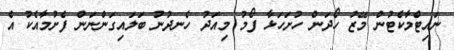
ނައިޓްމާކެޓުން މޭޒު ހޯދަން ހުށަހަޅާ ފޯމު މިއަދު ހެނދުނު ބަލައިގަންނަން ފެށުމާއެކު އެ